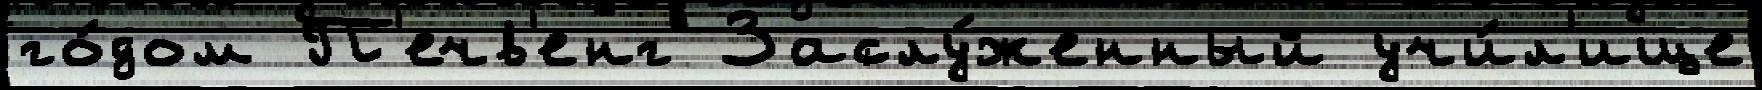
го́дом П'ечв'енг Заслу́женный учи́л'ище